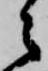
之